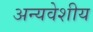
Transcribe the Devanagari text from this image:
अन्यवेशीय